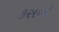
કસબો